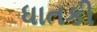
ધાતકી